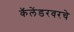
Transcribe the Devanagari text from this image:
कॅलेंडरवरचे